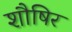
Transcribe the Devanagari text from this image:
शौषिर